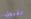
لقبول